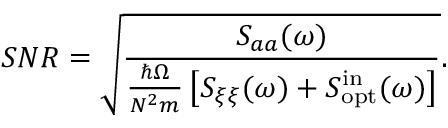
S N R = \sqrt { \frac { S _ { a a } ( \omega ) } { \frac { \hbar \Omega } { N ^ { 2 } m } \left[ S _ { \xi \xi } ( \omega ) + S _ { \mathrm { o p t } } ^ { \mathrm { i n } } ( \omega ) \right] } } .